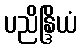
ပညိန္ဒြိယံ